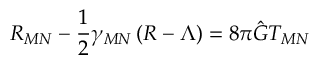
{ \cal R } _ { M N } - \frac { 1 } { 2 } \gamma _ { M N } \left( { \cal R } - \Lambda \right) = 8 \pi \hat { G } T _ { M N }